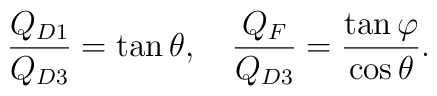
\frac{Q_{D1}}{Q_{D3}}=\tan\theta, \ \ \ \frac{Q_{F}}{Q_{D3}}=\frac{\tan\varphi}{\cos\theta}.